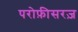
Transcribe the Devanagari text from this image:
परोफ़ीसरज़